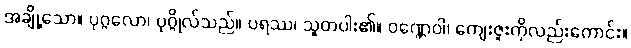
အချို့သော။ ပုဂ္ဂလော၊ ပုဂ္ဂိုလ်သည်။ ပရဿ၊ သူတပါး၏။ ဝဏ္ဏေဝါ၊ ကျေးဇူးကိုလည်းကောင်း။